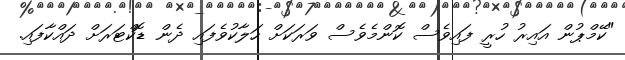
"ކޭމްޕުން އައިރު ހުރީ ފައިވެސް ކޮންމެވެސް ވަރަކަށް ހަލާކުވެފައި ދެން ޑޮކްޓަރަށް ދައްކާފައި.